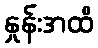
နှုန်းအထိ